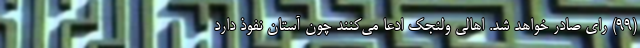
(۹۹) رای صادر خواهد شد. اهالی ولنجک ادعا می‌کنند چون آستان نفوذ دارد